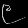
Digit: ၉